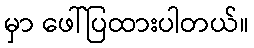
မှာ ဖေါ်ပြထားပါတယ်။